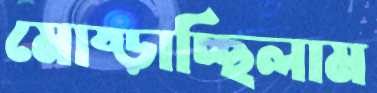
মোষ্‌ড়াচ্ছিলাম